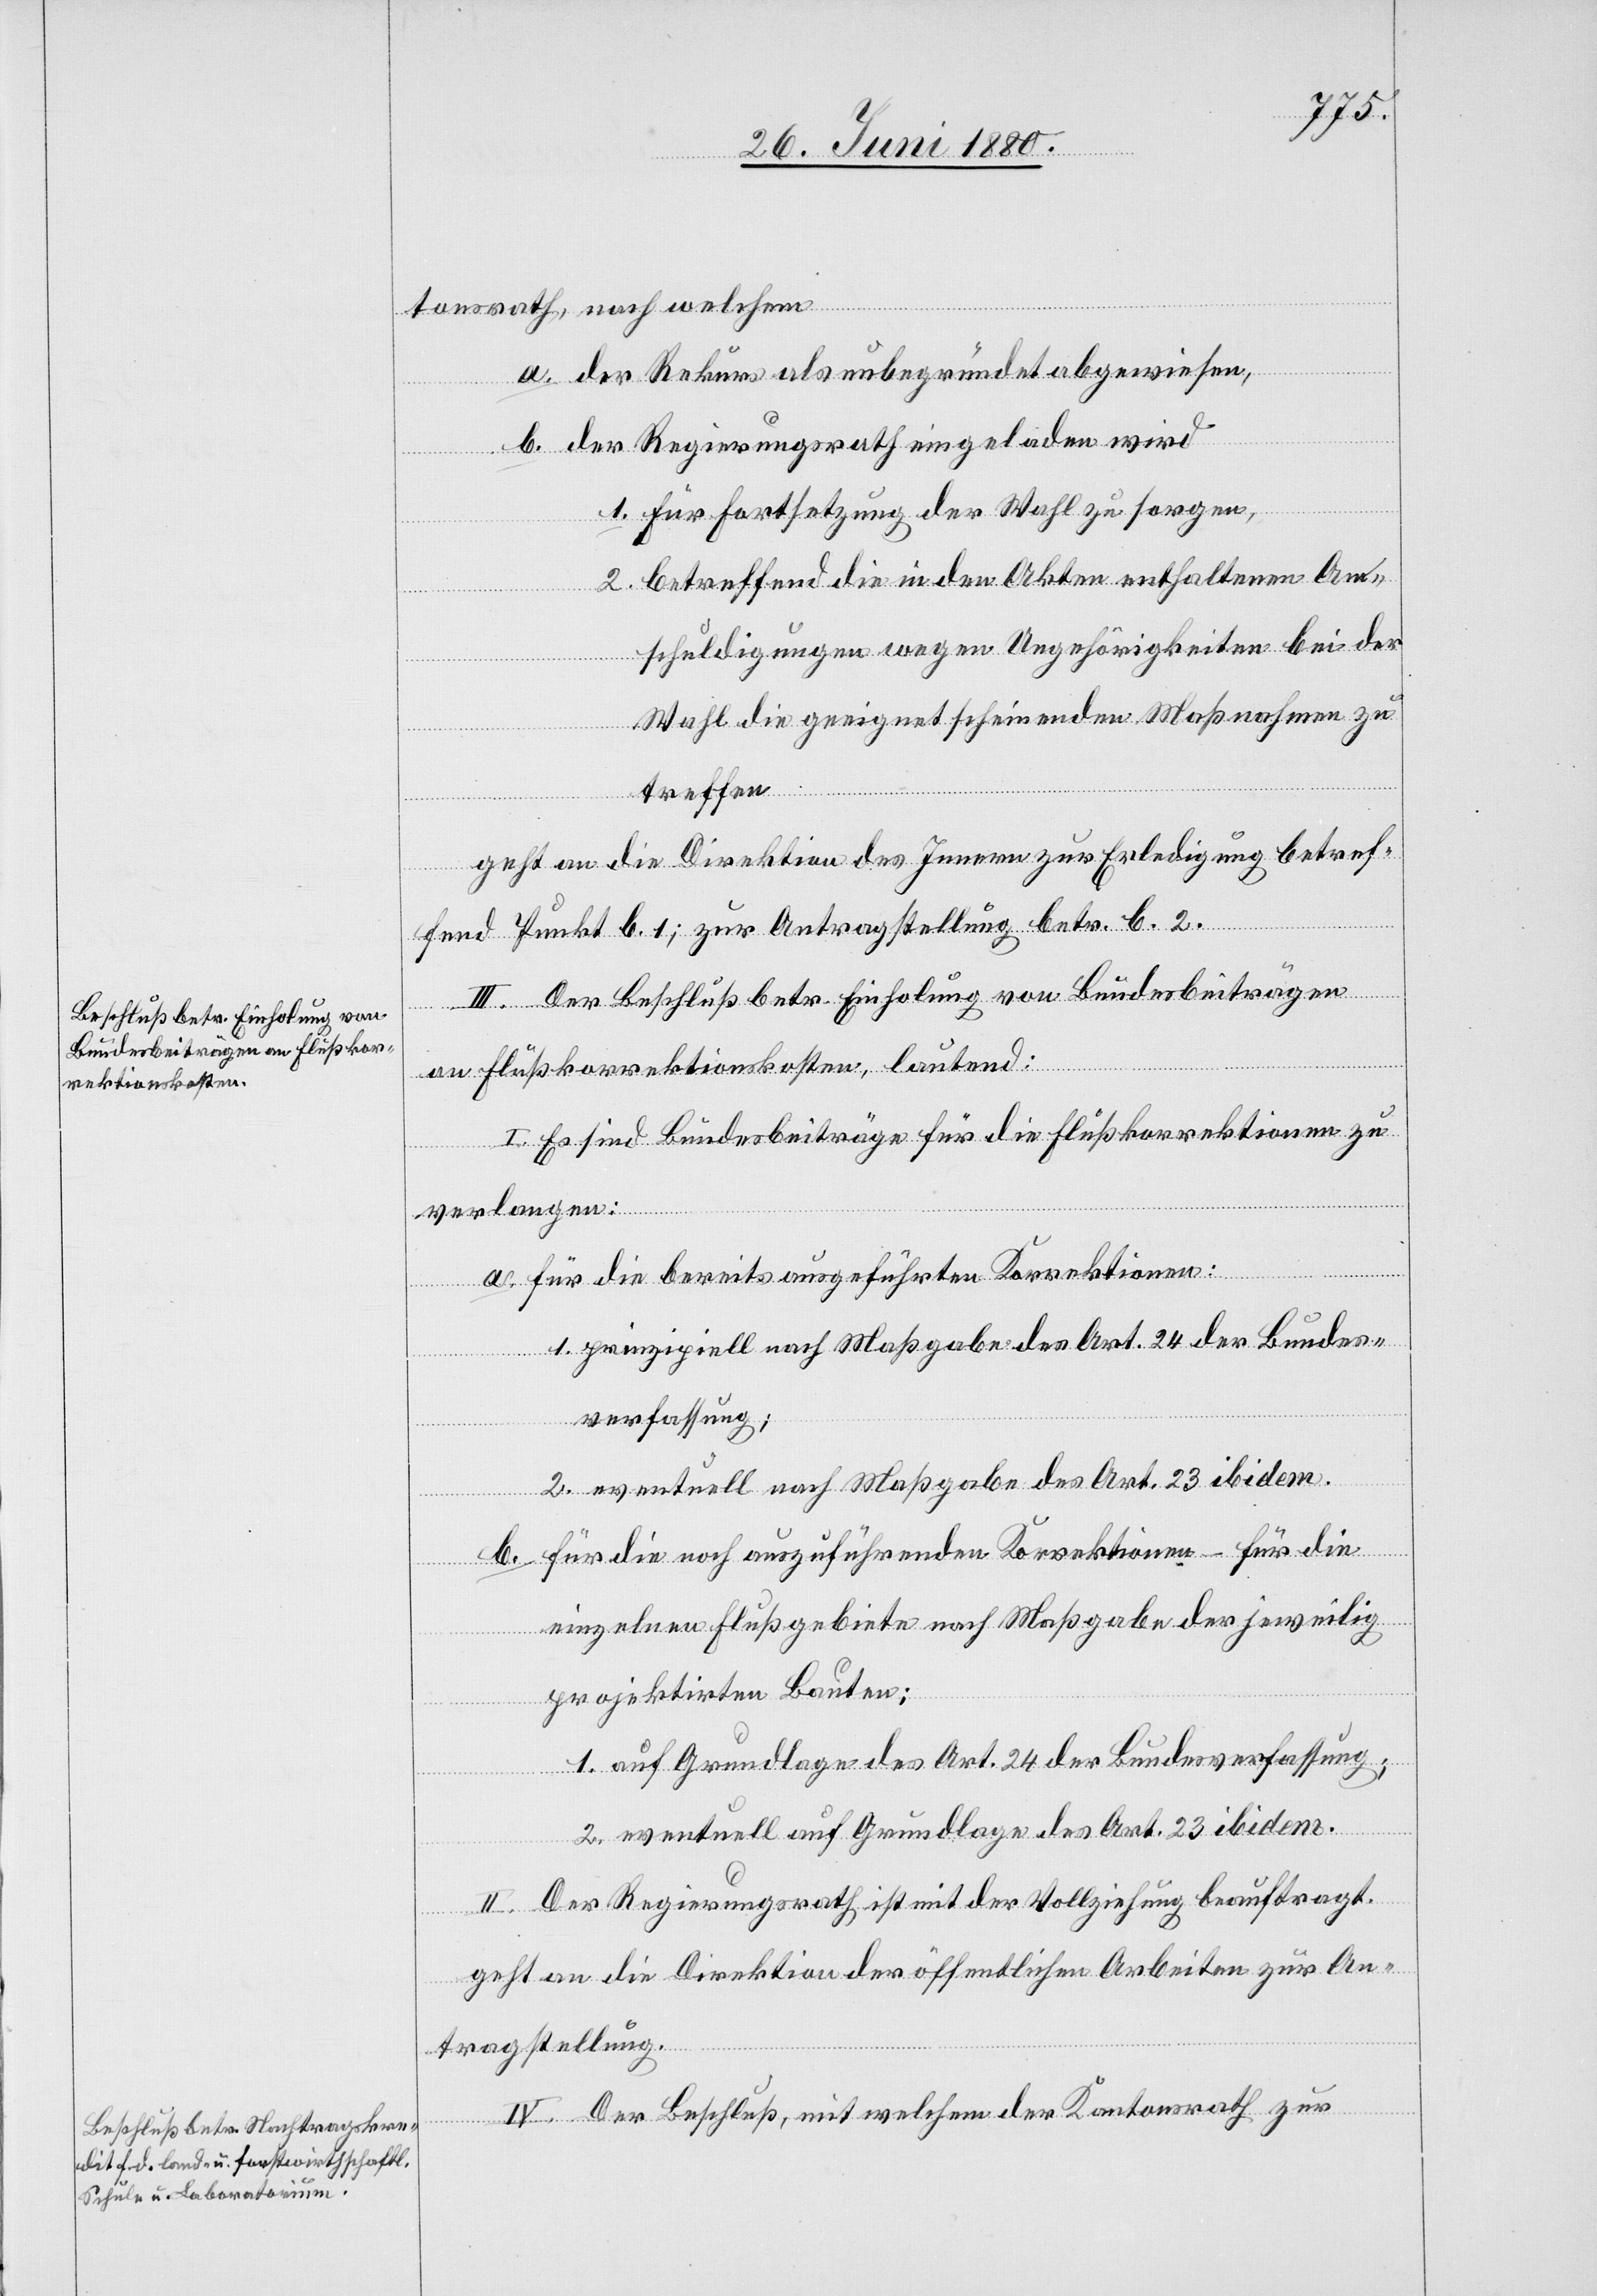
tonsrath, nach welchem:
a. der Rekurs als unbegründet abgewiesen,
b. der Regierungsrath eingeladen wird
1. für Fortsetzung der Wahl zu sorgen,
2. betreffend die in den Akten enthaltenen An¬
schuldigungen wegen Ungehörigkeiten bei der
Wahl die geeignet scheinenden Maßnahmen zu
treffen.
geht an die Direktion des Innern zur Erledigung betref¬
fend Punkt b.1; zur Antragstellung betr. b.2.
III. Der Beschluß betr. Einholung von Bundesbeiträgen
an Flußkorrektionskosten, lautend:
I. Es sind Bundesbeiträge für die Flußkorrektionen zu
verlangen:
a. für die bereits ausgeführten Korrektionen:
1. prinzipiell nach Maßgabe des Art. 24 der Bundes¬
verfassung;
2. eventuell nach Maßgabe des Art. 23 ibid.
b. für die noch auszuführenden Korrektionen – für die
einzelnen Flußgebiete nach Maßgabe der jeweilig
projektirten Bauten:
1. auf Grundlage des Art. 24 der Bundesverfassung;
2. eventuell auf Grundlage des Art. 23 ibidem.
II. Der Regierungsrath ist mit der Vollziehung beauftragt.
geht an die Direktion der öffentlichen Arbeiten zur An¬
tragstellung.
IV. Der Beschluß, mit welchem der Kantonsrath zur